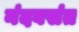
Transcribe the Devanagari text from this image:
नंदबसंत